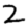
Digit: 2